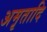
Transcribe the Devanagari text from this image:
अमृतादि